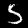
Digit: 5